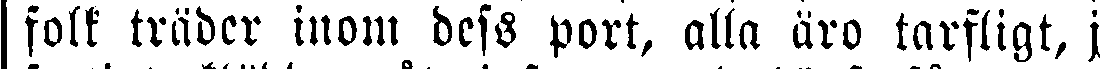
folk träder inom dess port, alla äro tarfligt, j